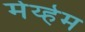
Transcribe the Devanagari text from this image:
मेय्हेम